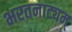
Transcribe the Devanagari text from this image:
भरतनाट्यम्‌